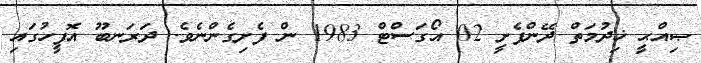
ޞިއްޙީ ޚިދުމަތް ދޭންފެށީ 02 އޯގަސްޓް 1983 ން ފެށިގެންނެވެ. ދަރަނބޫ އޮފީހުގައި